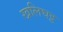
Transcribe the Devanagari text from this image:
खलिघट्ट